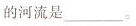
的河流是___。